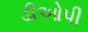
ડીઓપી